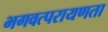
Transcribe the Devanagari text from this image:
भगवत्परायणता